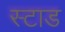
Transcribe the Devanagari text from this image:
स्टाड